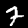
Digit: 7